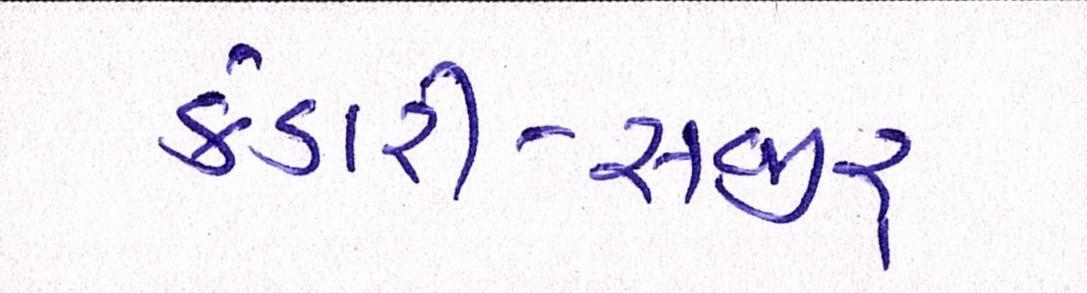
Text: કંડારી-સજીર્